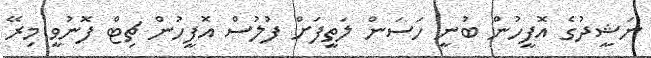
ނަޝީދުގެ އޮފީހުން ބުނީ ހަސަން ލަތީފަށް ފުލުސް އޮފީހުން ޗިޓް ފޮނުވީ މިރޭ